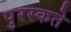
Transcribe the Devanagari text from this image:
पुरस्कते